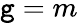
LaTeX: \mathtt{g}=m